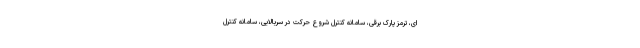
ای، ترمز پارک برقی، سامانه کنترل شروع حرکت در سربالایی، سامانه کنترل